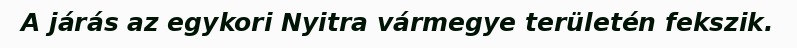
A járás az egykori Nyitra vármegye területén fekszik.